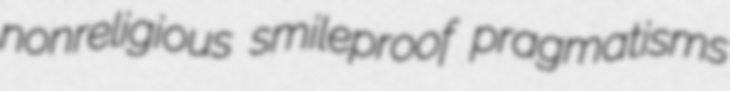
nonreligious smileproof pragmatisms